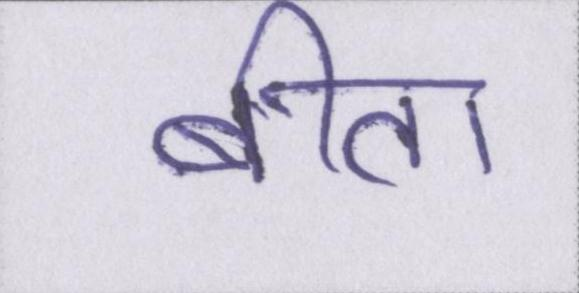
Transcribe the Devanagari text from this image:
बीता